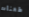
طعنات